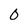
Character: O